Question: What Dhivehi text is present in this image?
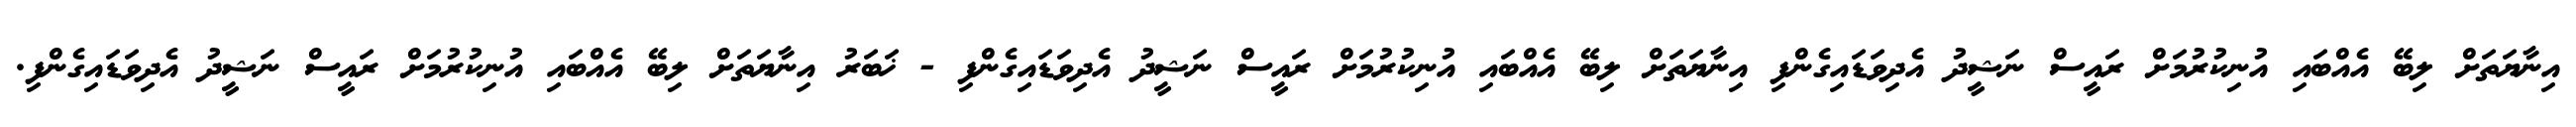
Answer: އިނާޔަތަށް ލިބޭ އެއްބައި އުނިކުރުމަށް ރައީސް ނަޝީދު އެދިވަޑައިގެންފި އިނާޔަތަށް ލިބޭ އެއްބައި އުނިކުރުމަށް ރައީސް ނަޝީދު އެދިވަޑައިގެންފި - ޚަބަރު އިނާޔަތަށް ލިބޭ އެއްބައި އުނިކުރުމަށް ރައީސް ނަޝީދު އެދިވަޑައިގެންފި.